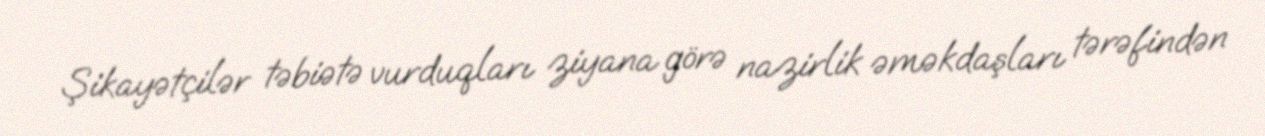
Şikayətçilər təbiətə vurduqları ziyana görə nazirlik əməkdaşları tərəfindən